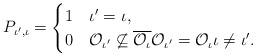
LaTeX: \begin{align*}P_{\iota',\iota} = \begin{cases}1 &\iota' = \iota,\\0 &\mathcal{O}_{\iota'} \not\subseteq \overline{\mathcal{O}_{\iota}} \mathcal{O}_{\iota'} = \mathcal{O}_{\iota} \iota\neq\iota'.\end{cases}\end{align*}